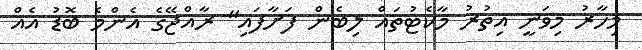
މިހާރު މިވަނީ އިތުރު މާކެޓުތައް ލިބެން ފަށާފައި" ރާއްޖޭގެ އެންމެ ބޮޑު އެއް